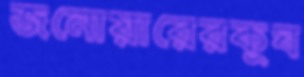
জনোয়ারেরকূঘ